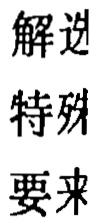
解逆
特殊
要来